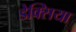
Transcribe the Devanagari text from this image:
डेक्सिया